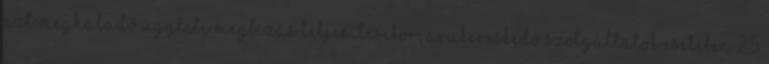
azt meghaladó ügyleti megbízás teljesítésekor; árukereskedő szolgáltatók esetében 2,5